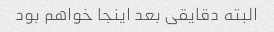
البته دقایقی بعد اینجا خواهم بود